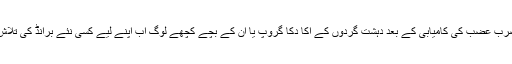
آپریشن ضرب عضب کی کامیابی کے بعد دہشت گردوں کے اکا دکا گروپ یا ان کے بچے کچھے لوگ اب اپنے لیے کسی نئے برانڈ کی تلاش میں ہیں۔